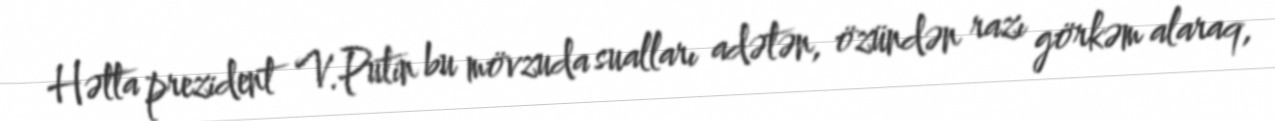
Hətta prezident V.Putin bu mövzuda sualları adətən, özündən razı görkəm alaraq,